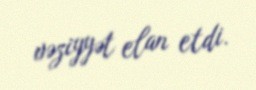
vəziyyət elan etdi.